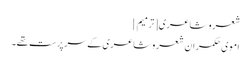
شعر و شاعری[ترمیم]
اموی حکمران شعر و شاعری کے سرپرست تھے۔